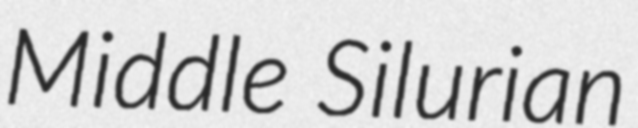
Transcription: Middle Silurian